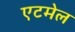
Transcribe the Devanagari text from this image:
एटमेल